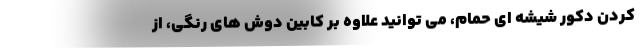
کردن دکور شیشه ای حمام، می توانید علاوه بر کابین دوش های رنگی، از